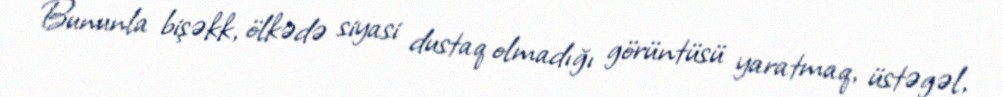
Bununla bişəkk, ölkədə siyasi dustaq olmadığı görüntüsü yaratmaq, üstəgəl,